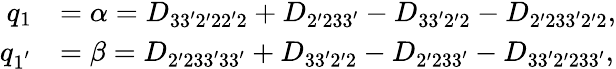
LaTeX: \begin{array}{rl}{q_{1}}&{=\alpha=D_{33^{\prime}2^{\prime}22^{\prime}2}+D_{2^{\prime}233^{\prime}}-D_{33^{\prime}2^{\prime}2}-D_{2^{\prime}233^{\prime}2^{\prime}2},}\\ {q_{1^{'}}}&{=\beta=D_{2^{\prime}233^{\prime}33^{\prime}}+D_{33^{\prime}2^{\prime}2}-D_{2^{\prime}233^{\prime}}-D_{33^{\prime}2^{\prime}233^{\prime}},}\end{array}